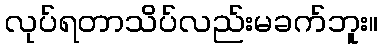
လုပ်ရတာသိပ်လည်းမခက်ဘူး။